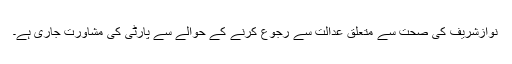
نوازشریف کی صحت سے متعلق عدالت سے رجوع کرنے کے حوالے سے پارٹی کی مشاورت جاری ہے۔